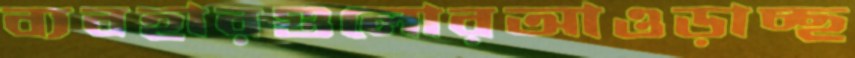
ব্যবহারগুলোরআওড়াচ্ছ